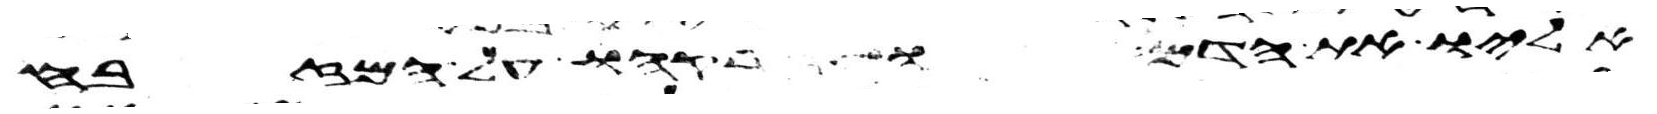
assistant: אליו את הדם ויזרקהו על המזבח